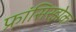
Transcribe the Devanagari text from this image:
फ्रांसिस्झेक